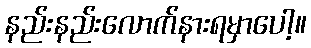
နည်းနည်းလောက်နားရမှာပေါ့။